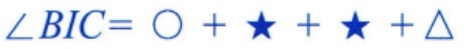
$\angle BIC=\bigcirc+\star+\star+\triangle$